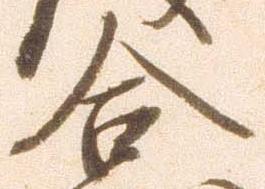
合